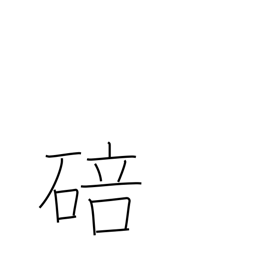
Meaning: bud